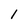
Character: 1